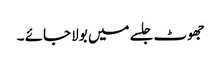
جھوٹ جلسے میں بولا جائے ۔